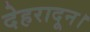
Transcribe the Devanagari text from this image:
देहरादून।